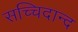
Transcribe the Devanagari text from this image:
सच्चिदान्द